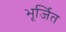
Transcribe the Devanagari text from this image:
भूर्जित